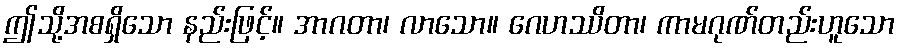
ဤသို့အစရှိသော နည်းဖြင့်။ အာဂတာ၊ လာသော။ ဂေဟဿိတာ၊ ကာမဂုဏ်တည်းဟူသော